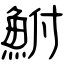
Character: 鮒